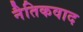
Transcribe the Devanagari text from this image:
नैतिकवाद